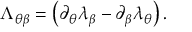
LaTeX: \Lambda _ { \theta \beta } = \left( \partial _ { \theta } \lambda _ { \beta } - \partial _ { \beta } \lambda _ { \theta } \right) .